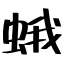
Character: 蛾